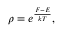
\rho = e ^ { \frac { F - E } { k T } } ,